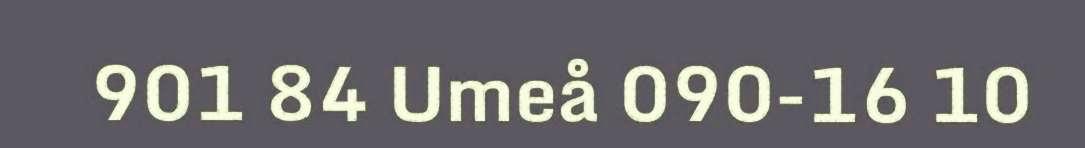
901 84 Umeå 090-16 10